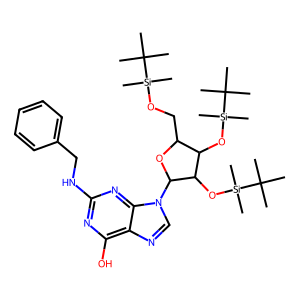
SMILES: CC(C)(C)[Si](C)(C)OCC1OC(n2cnc3c(O)nc(NCc4ccccc4)nc32)C(O[Si](C)(C)C(C)(C)C)C1O[Si](C)(C)C(C)(C)C
Inhibits HIV replication: No